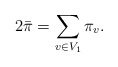
\begin{align*} 2\bar\pi=\sum_{v\in V_1}\pi_v.\end{align*}